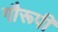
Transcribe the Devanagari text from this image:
गौरूपी